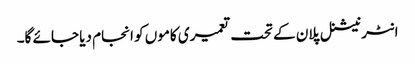
انٹر نیشنل پلان کے تحت تعمیری کاموں کو انجام دیا جائے گا۔